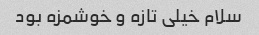
سلام خیلی تازه و خوشمزه بود